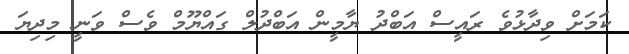
ކަމަށް ވިދާޅުވެ ރައީސް އަބްދު ޔާމީން އަބްދުލް ގައްޔޫމް ވެސް ވަނީ މިދިޔަ